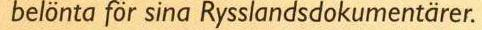
belönta för sina Rysslandsdokumentärer.